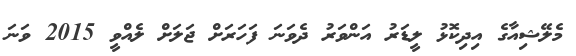
މެލޭޝިއާގެ އިދިކޮޅު ލީޑަރު އަންވަރު ދެވަނަ ފަހަރަށް ޖަލަށް ލެއްވީ 2015 ވަނަ